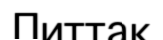
Питтак